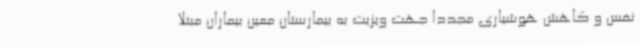
نفس و کاهش هوشیاری مجددا جهت ویزیت به بیمارستان معین بیماران مبتلا